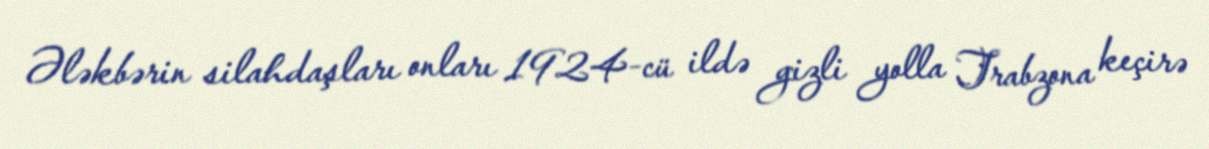
Ələkbərin silahdaşları onları 1924-cü ildə gizli yolla Trabzona keçirə